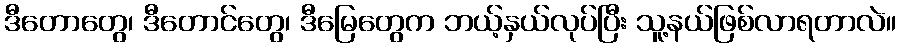
ဒီတောတွေ၊ ဒီတောင်တွေ၊ ဒီမြေတွေက ဘယ့်နှယ်လုပ်ပြီး သူ့နယ်ဖြစ်လာရတာလဲ။